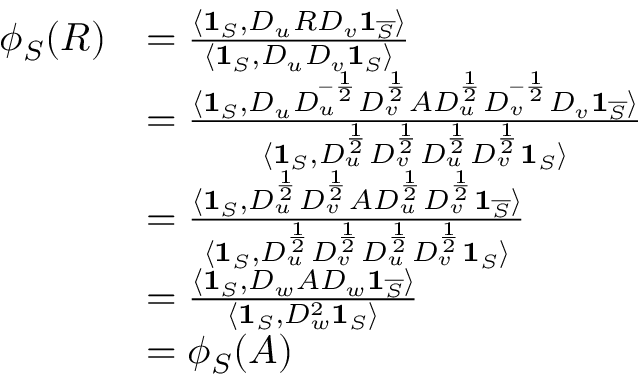
\begin{array} { r l } { \phi _ { S } ( R ) } & { = \frac { \langle \mathbf { 1 } _ { S } , D _ { u } R D _ { v } \mathbf { 1 } _ { \overline { { S } } } \rangle } { \langle \mathbf { 1 } _ { S } , D _ { u } D _ { v } \mathbf { 1 } _ { S } \rangle } } \\ & { = \frac { \langle \mathbf { 1 } _ { S } , D _ { u } D _ { u } ^ { - \frac { 1 } { 2 } } D _ { v } ^ { \frac { 1 } { 2 } } A D _ { u } ^ { \frac { 1 } { 2 } } D _ { v } ^ { - \frac { 1 } { 2 } } D _ { v } \mathbf { 1 } _ { \overline { { S } } } \rangle } { \langle \mathbf { 1 } _ { S } , D _ { u } ^ { \frac { 1 } { 2 } } D _ { v } ^ { \frac { 1 } { 2 } } D _ { u } ^ { \frac { 1 } { 2 } } D _ { v } ^ { \frac { 1 } { 2 } } \mathbf { 1 } _ { S } \rangle } } \\ & { = \frac { \langle \mathbf { 1 } _ { S } , D _ { u } ^ { \frac { 1 } { 2 } } D _ { v } ^ { \frac { 1 } { 2 } } A D _ { u } ^ { \frac { 1 } { 2 } } D _ { v } ^ { \frac { 1 } { 2 } } \mathbf { 1 } _ { \overline { { S } } } \rangle } { \langle \mathbf { 1 } _ { S } , D _ { u } ^ { \frac { 1 } { 2 } } D _ { v } ^ { \frac { 1 } { 2 } } D _ { u } ^ { \frac { 1 } { 2 } } D _ { v } ^ { \frac { 1 } { 2 } } \mathbf { 1 } _ { S } \rangle } } \\ & { = \frac { \langle \mathbf { 1 } _ { S } , D _ { w } A D _ { w } \mathbf { 1 } _ { \overline { { S } } } \rangle } { \langle \mathbf { 1 } _ { S } , D _ { w } ^ { 2 } \mathbf { 1 } _ { S } \rangle } } \\ & { = \phi _ { S } ( A ) } \end{array}